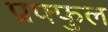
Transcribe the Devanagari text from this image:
प्रफ्फुल